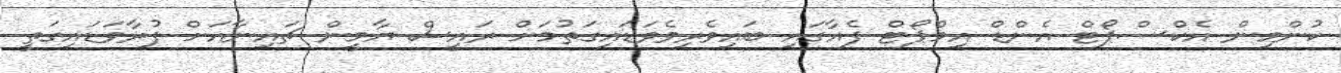
ކުންމިން އެކްސްޕޯޓް އެންޑް އިމްޕޯޓް ފެއާގައި ބައިވެރިވެވަޑައިގަތުމަށް ރައީސް ޔާމީން ޗައިނާއަށް ފުރާވަޑައިގަތީ